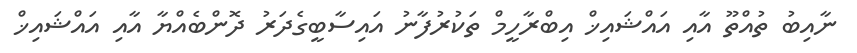
ނާއިބު ތުއްތޫ އާއި އައްޝައިޚް އިބްރާހީމް ތަކުރުފާނު އައިސާބީގެދަރު ދޮންބެއްޔާ އާއި އައްޝައިޚް